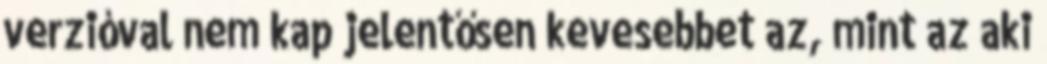
verzióval nem kap jelentősen kevesebbet az, mint az aki